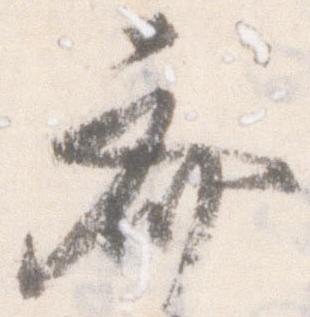
斎